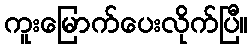
ကူးမြောက်ပေးလိုက်ပြီ။